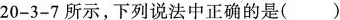
20-3-7所示，下列说法中正确的是()